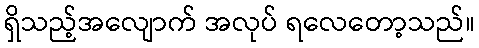
ရှိသည့်အလျောက် အလုပ် ရလေတော့သည်။